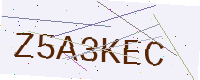
Text: Z5A3KEC